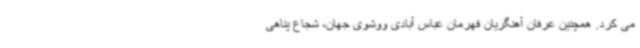
می کرد. همچنین عرفان آهنگریان قهرمان عباس آبادی ووشوی جهان، شجاع پناهی